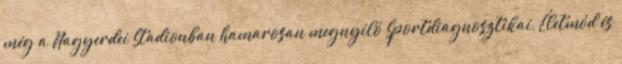
még a Nagyerdei Stadionban hamarosan megnyíló Sportdiagnosztikai, Életmód és